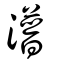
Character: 潽